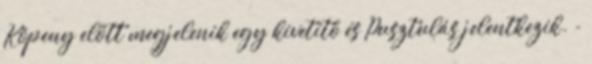
Köpeny előtt megjelenik egy kivetítő és Pusztulás jelentkezik. -